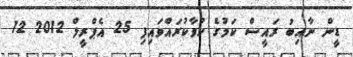
ޑީން ނާއިބު ރައީސް ކަމުގެ ހުވާކުރައްވައިފި 25 އެޕްރީލް 2012 12